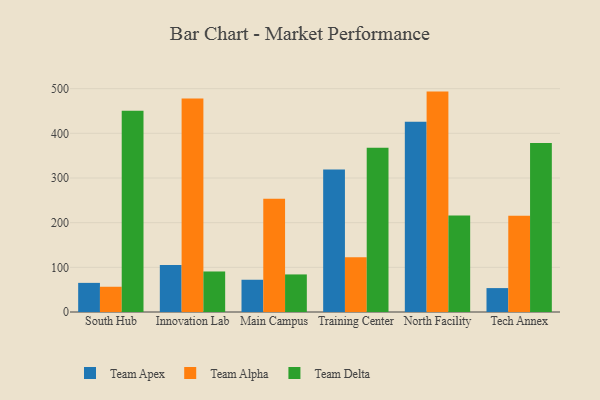
{"axis": {"x": "Campus", "y": "Production Output"}, "legend": ["Team Alpha", "Team Apex", "Team Delta"], "data": [{"x": "South Hub", "y": 65.2, "type": "Team Apex"}, {"x": "South Hub", "y": 56.5, "type": "Team Alpha"}, {"x": "South Hub", "y": 450.6, "type": "Team Delta"}, {"x": "Innovation Lab", "y": 105.1, "type": "Team Apex"}, {"x": "Innovation Lab", "y": 478.2, "type": "Team Alpha"}, {"x": "Innovation Lab", "y": 90.7, "type": "Team Delta"}, {"x": "Main Campus", "y": 72.2, "type": "Team Apex"}, {"x": "Main Campus", "y": 253.4, "type": "Team Alpha"}, {"x": "Main Campus", "y": 84.1, "type": "Team Delta"}, {"x": "Training Center", "y": 319.0, "type": "Team Apex"}, {"x": "Training Center", "y": 122.6, "type": "Team Alpha"}, {"x": "Training Center", "y": 367.7, "type": "Team Delta"}, {"x": "North Facility", "y": 425.8, "type": "Team Apex"}, {"x": "North Facility", "y": 493.4, "type": "Team Alpha"}, {"x": "North Facility", "y": 216.2, "type": "Team Delta"}, {"x": "Tech Annex", "y": 53.5, "type": "Team Apex"}, {"x": "Tech Annex", "y": 215.4, "type": "Team Alpha"}, {"x": "Tech Annex", "y": 378.3, "type": "Team Delta"}]}